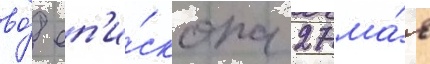
во́ еп'и́скопа 27 ма́я